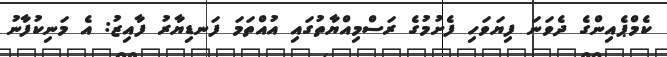
ކެމްޕެއިންގެ ދެވަނަ ފިޔަވަހި ފެށުމުގެ ރަސްމިއްޔާތުގައި އުއްތަމަ ފަނޑިޔާރު ފާއިޒު: އެ މަނިކުފާނު